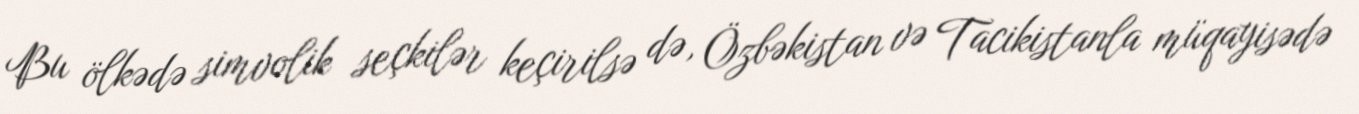
Bu ölkədə simvolik seçkilər keçirilsə də, Özbəkistan və Tacikistanla müqayisədə